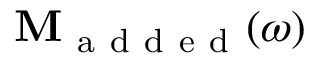
\mathbf { M } _ { \mathrm { ~ a ~ d ~ d ~ e ~ d ~ } } ( \omega )